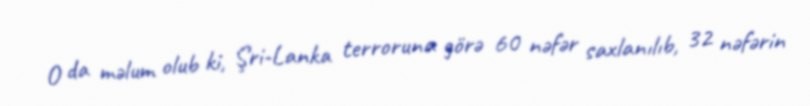
O da məlum olub ki, Şri-Lanka terroruna görə 60 nəfər saxlanılıb, 32 nəfərin